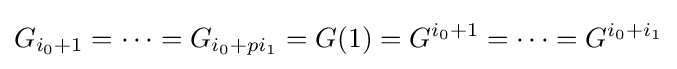
G_{i_{0}+1}=\cdots =G_{i_{0}+pi_{1}}=G(1)=G^{i_{0}+1}=\cdots =G^{i_{0}+i_{1}}